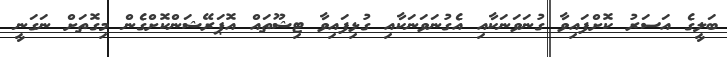
ބަލީގެ އަސަރު ކޮށްފައިވާ ގުނަވަނަކާއި އެގުނަވަނަކާއި ގުޅިފައިވާ ޓިޝޫތައް އޮޕަރޭޝަންކޮށްގެން މިގޮތަށް ނަގަނީ